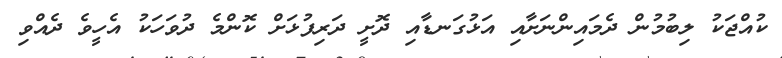
ކުއްޖަކު ލިބުމުން ދެމައިންނަށާއި އަޅުގަނޑާއި ދޮށީ ދަރިފުޅަށް ކޮންމެ ދުވަހަކު އެހީވެ ދެއްވި